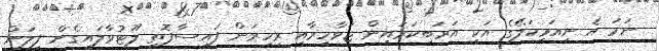
ނަމަ އެ ނިއަމިކަލޭގެ އަކީ އަރަބިކަރައިން ޖަވާހިރާއި ރިހިރަން ފައިސާފޮތި ލޫޓުވާލައިގެން ފިލަން